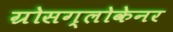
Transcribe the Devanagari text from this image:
ग्रोसग्लोकेनर